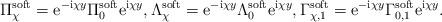
LaTeX: \begin{align*} \Pi_\chi^{\rm soft} = {\rm e}^{-{\rm i}\chi y} \Pi_0^{\rm soft} {\rm e}^{{\rm i}\chi y}, \Lambda_\chi^{\rm soft} = {\rm e}^{-{\rm i}\chi y} \Lambda_0^{\rm soft} {\rm e}^{{\rm i}\chi y}, \Gamma_{\chi,1}^{\rm soft} = {\rm e}^{-{\rm i}\chi y} \Gamma_{0,1}^{\rm soft} {\rm e}^{{\rm i}\chi y}.\end{align*}